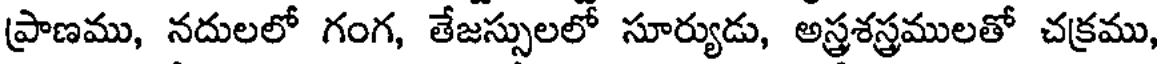
ప్రాణము, నదులలో గంగ, తేజస్సులలో సూర్యుడు, అస్త్రశస్త్రములతో చక్రము,